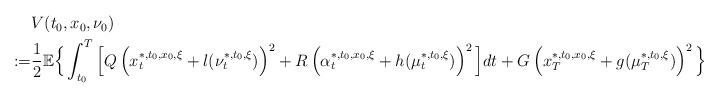
\begin{align*}\begin{aligned}&V(t_0,x_0,\nu_0)\\:=&\frac{1}{2}\mathbb{E}\Big\{\int_{t_0}^T\Big[Q\left(x_t^{*,t_0,x_0,\xi}+l(\nu_t^{*,t_0,\xi})\right)^2+R\left(\alpha_t^{*,t_0,x_0,\xi}+h(\mu_t^{*,t_0,\xi})\right)^2\Big]dt+G\left(x_T^{*,t_0,x_0,\xi}+g(\mu_T^{*,t_0,\xi})\right)^2\Big\}\end{aligned}\end{align*}